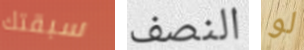
سبقتك النصف لو